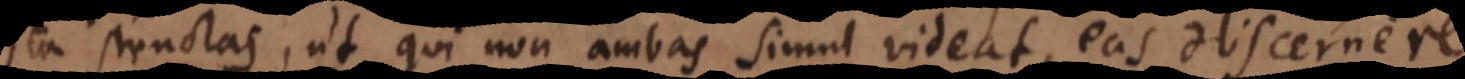
ita structas, ut qui non ambas simul videat, eas discernere